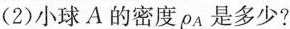
(2)小球A的密度ρ_{A}是多少?